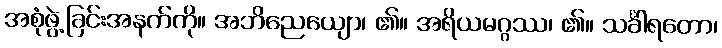
အစုံဖွဲ့ခြင်းအနက်ကို။ အဘိညေယျော၊ ၏။ အရိယမဂ္ဂဿ၊ ၏။ သင်္ခါရတော၊